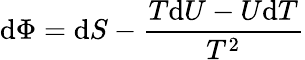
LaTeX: \mathrm{d}\Phi=\mathrm{d}S-{\frac{{T\mathrm{d}U-U\mathrm{d}T}}{{T^{2}}}}